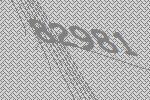
82981